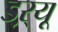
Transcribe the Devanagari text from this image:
ड्‌ऱ्यू